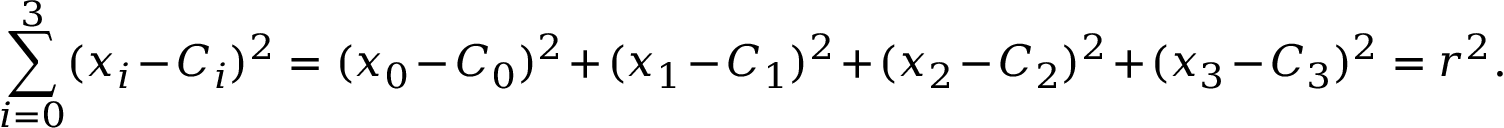
\sum _ { i = 0 } ^ { 3 } ( x _ { i } - C _ { i } ) ^ { 2 } = ( x _ { 0 } - C _ { 0 } ) ^ { 2 } + ( x _ { 1 } - C _ { 1 } ) ^ { 2 } + ( x _ { 2 } - C _ { 2 } ) ^ { 2 } + ( x _ { 3 } - C _ { 3 } ) ^ { 2 } = r ^ { 2 } .